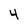
Character: 4